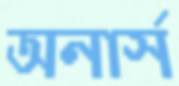
অনার্স